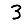
Digit: 3